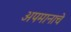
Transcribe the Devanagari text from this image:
अपमानाचे